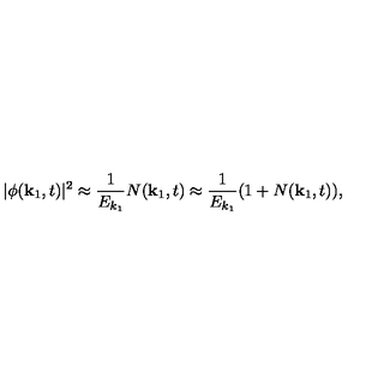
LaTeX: | \phi ( { \bf k } _ { 1 } , t ) | ^ { 2 } \approx \frac { 1 } { E _ { k _ { 1 } } } N ( { \bf k } _ { 1 } , t ) \approx \frac { 1 } { E _ { k _ { 1 } } } ( 1 + N ( { \bf k } _ { 1 } , t ) ) ,